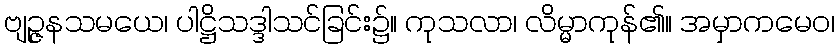
ဗျဉ္ဇနသမယေ၊ ပါဋ္ဌိသဒ္ဒါသင်ခြင်း၌။ ကုသလာ၊ လိမ္မာကုန်၏။ အမှာကမေဝ၊